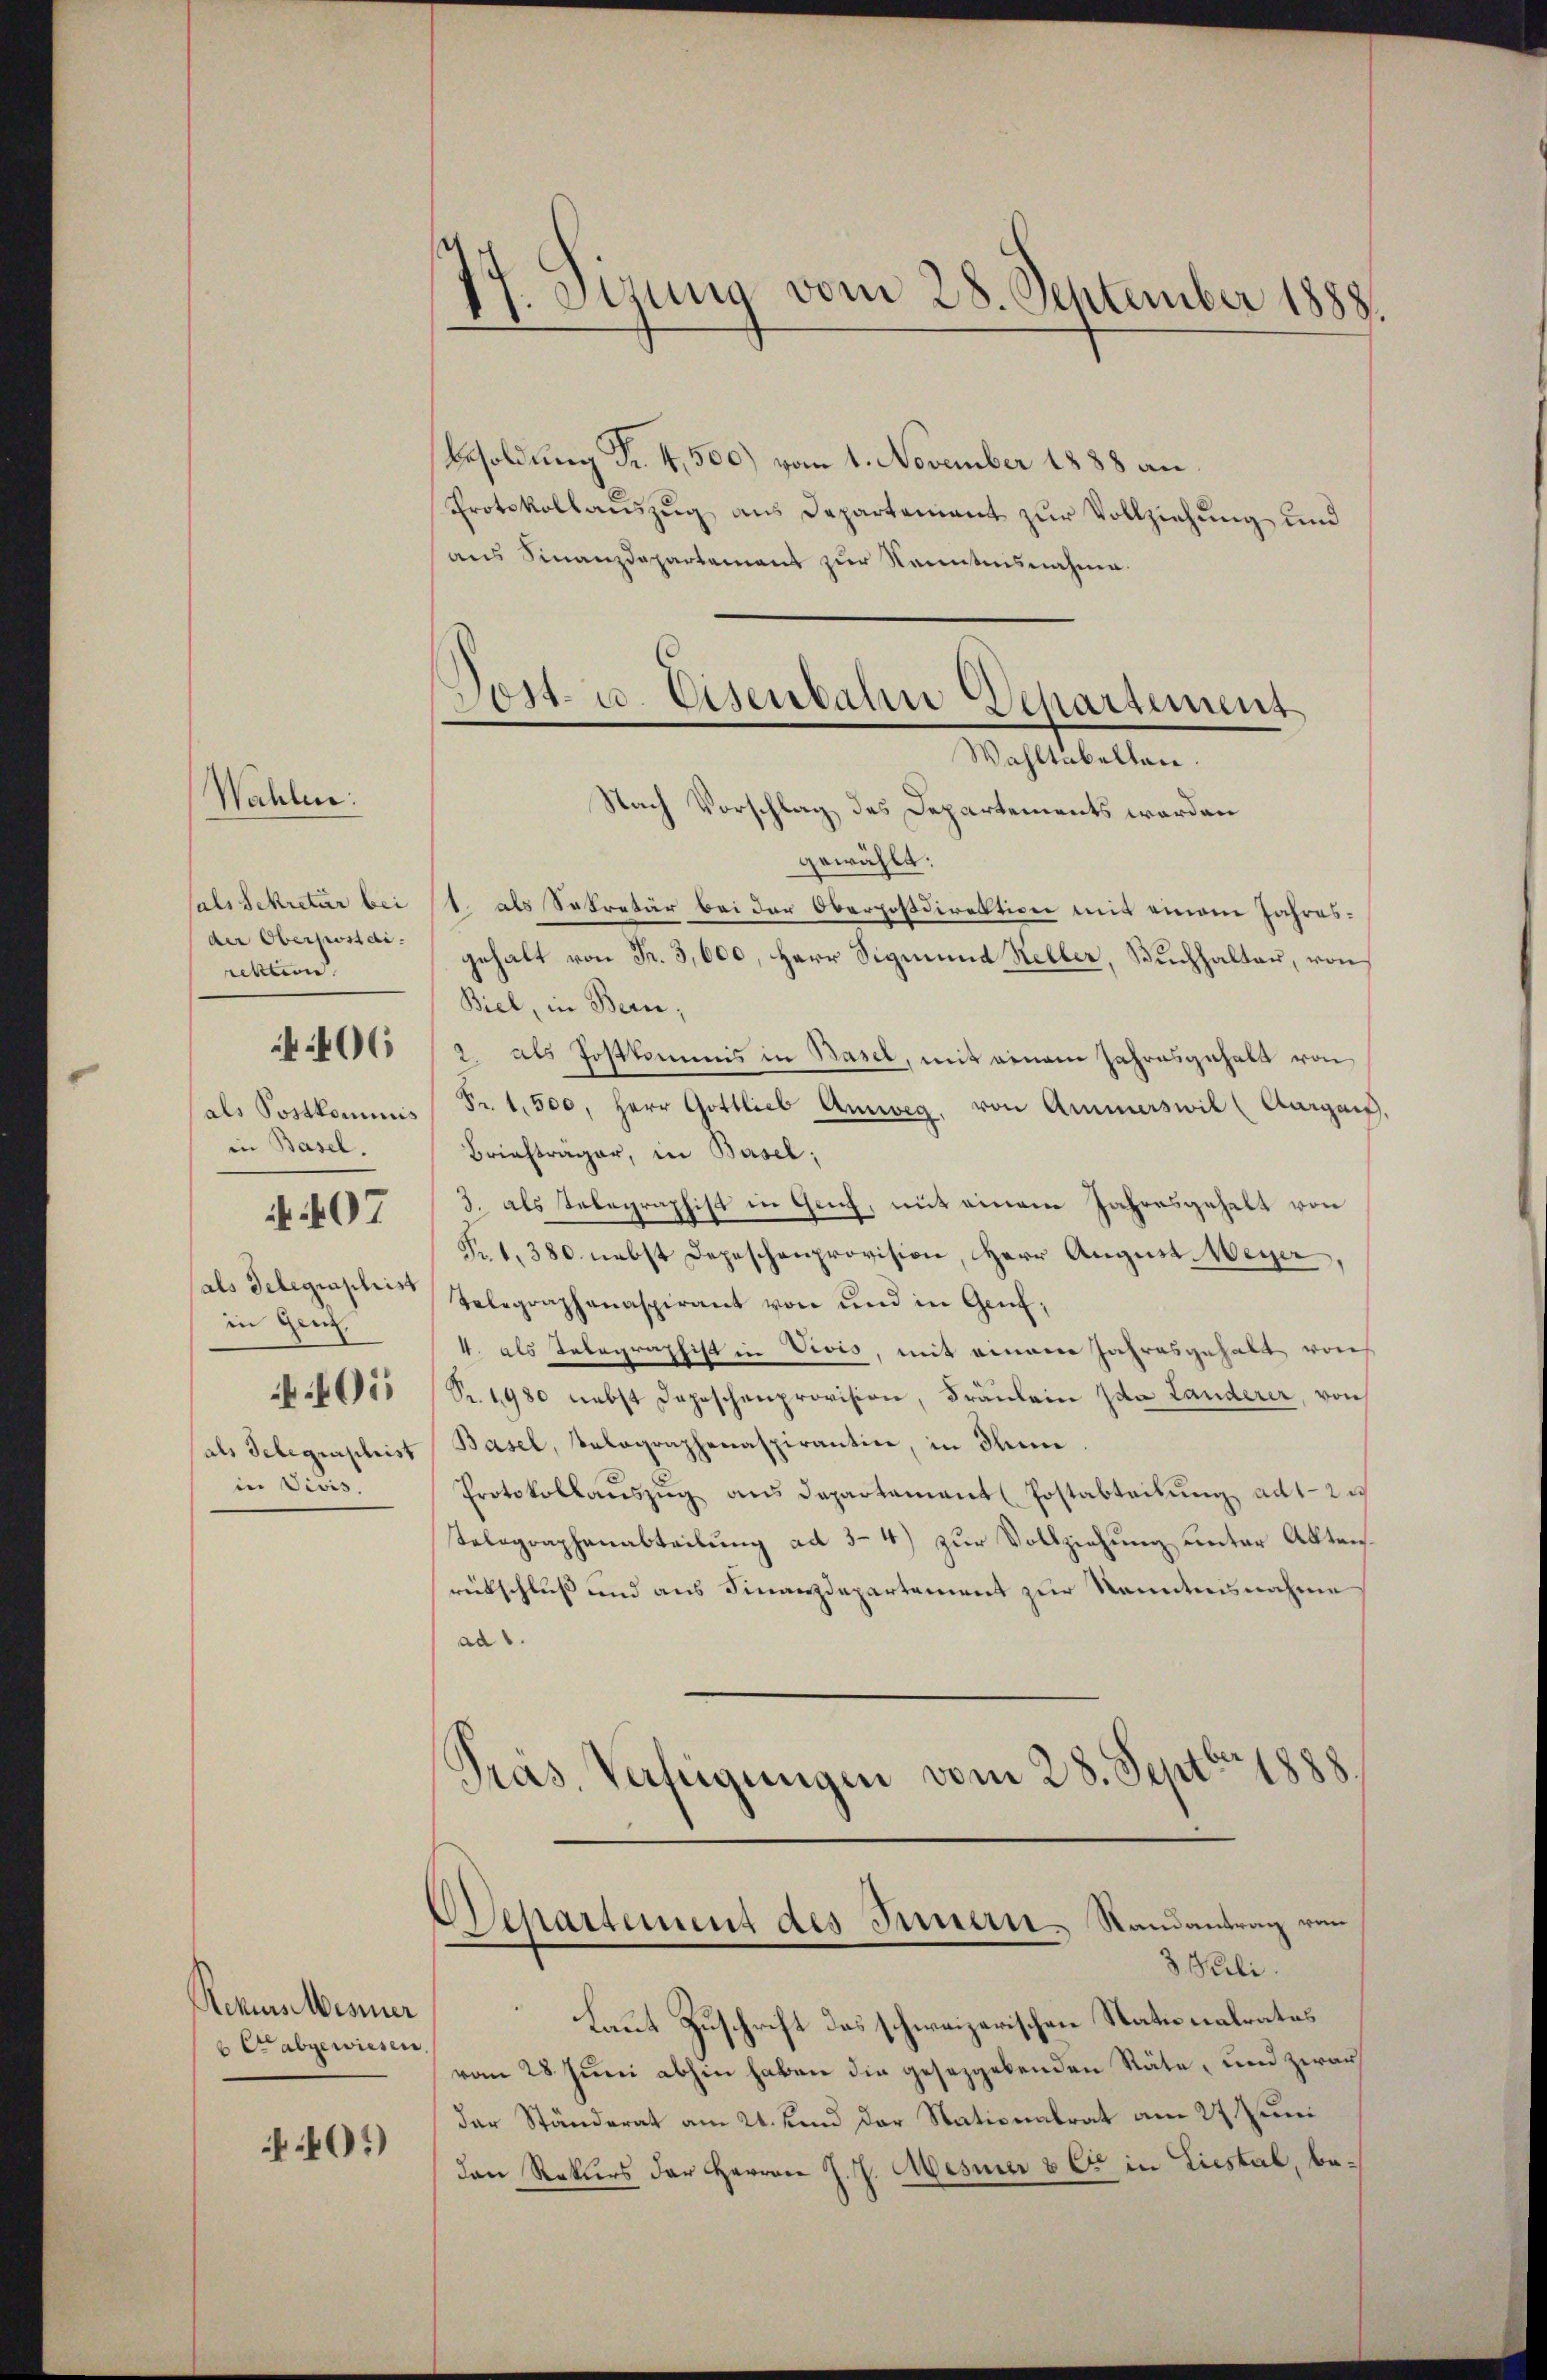
Wahlen:
sals Sekretär bei
der Oberkostdi
rektion
in Basel.
N 407
in Gen.
.101
in Vivis.

406

Rekursesser
6 abgewiesen

07)

Besoldung Fr. 4, 500) vom 1. November 1888 an
Protokollaŭszŭg ans Departement zur Vollziehung und
aus Finanzdepartement zur Kenntnisnahme.

gewählt:
1. als Sekretär bei der Oberpostdirektion mit einem Jahresgehalt von Fr. 3,600, Herr Sigmund Heller, Buchhalter, von
Biel, in Bern,
2. als Postkommis in Basel, mit einem Jahresgehalt von
als Sostkommis Fr. 1,500, Herr Gottlieb Amweg, von Ammerswil (Aargaus,
Briefträger, in Basel;
3. als Telegraphist in Gech, mit einem Jahresgehalt von
Fr. 1, 380 nebst Depeschenprovision, Herr August. Meyer
sals Delegiaster Telegraphanaspirant von und in Genf,
4. als Telegraphist in Vivis, mit einem Jahresgehalt woh
Pr. 1980 nebst Depeschenprovision, Fräulein Ida Landerer, von
als Selegraphist Basel, Velographenaspirantin, in Inn
Protokollauszug aus Departement Postabteilung ad 2.
Telegraphenabteilung ad 3-4) zur Vollziehung unter Aktenrückschluß und aus Finanzdepartement zur Kenntnisnahme
ad.
Präs. Verfügungen vom 28. Septbr. 1888.
Separtement des Innern, Randantrag von
3 Peli.
Laut Zuschrift des schweizerischen Nationalrates
vom 28 Juni abhin haben die gesezgebenden Stäte, und zwar
der Ständerat am 21. unnd der Stationalrat am 27. Juni
den Rekurs der Herrn J. J. Mesner 8 C in Liestal, be¬

77. Sizung vom 28. September 1888.

Post- u. Eisenbahn Departement
Wahltübelten.
Nach Vorschlag des Departements werden